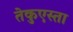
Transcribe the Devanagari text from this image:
तेकुएस्ता